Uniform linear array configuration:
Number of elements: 24
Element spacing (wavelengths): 0.25
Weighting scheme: blackman
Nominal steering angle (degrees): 30
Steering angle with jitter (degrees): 29.579
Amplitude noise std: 0.05
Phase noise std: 0.05

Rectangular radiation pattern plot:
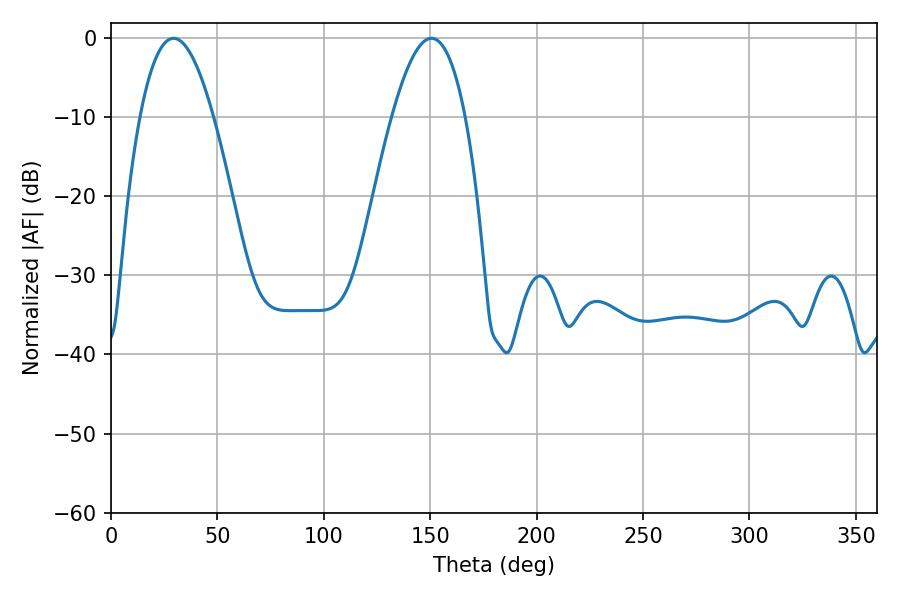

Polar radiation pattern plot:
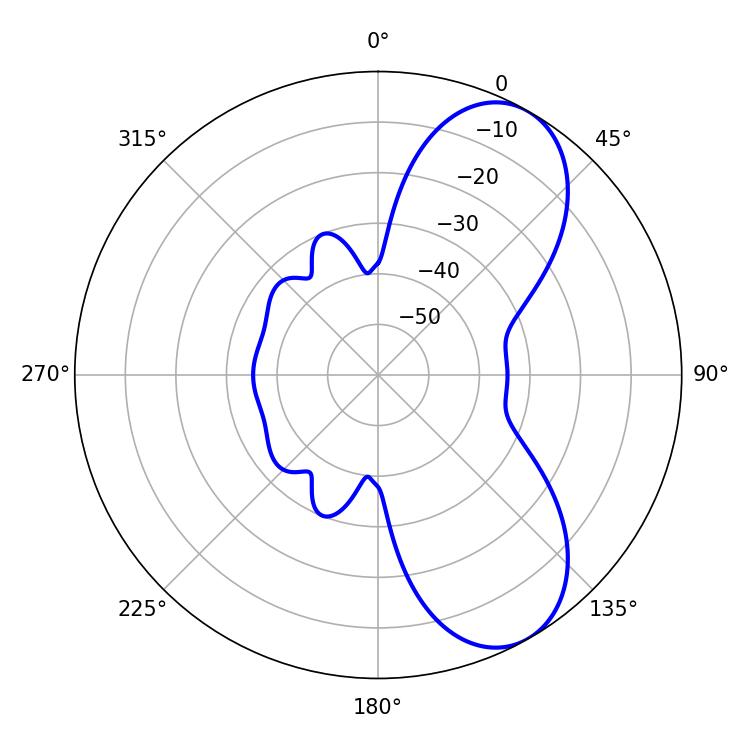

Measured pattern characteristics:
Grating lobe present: FALSE
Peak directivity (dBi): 7.516
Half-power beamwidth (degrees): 18.9
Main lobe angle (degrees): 29.34